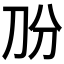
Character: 𱐓